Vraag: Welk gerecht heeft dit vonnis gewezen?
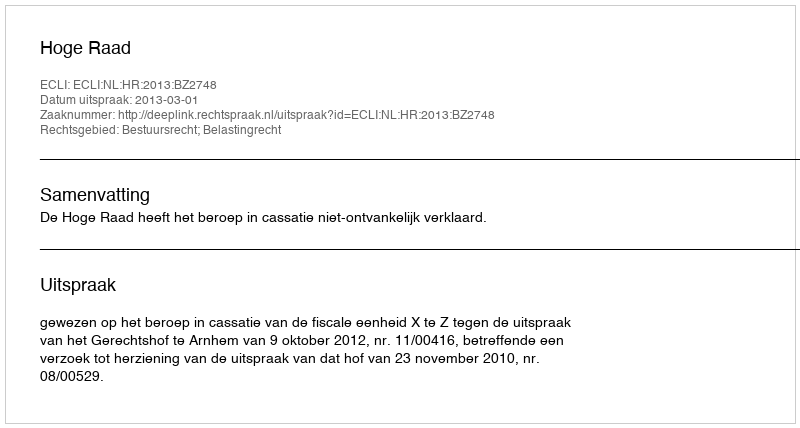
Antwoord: Hoge Raad